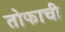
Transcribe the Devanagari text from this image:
तोफाची